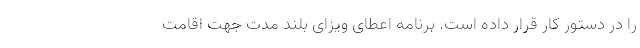
را در دستور کار قرار داده است. برنامه اعطای ویزای بلند مدت جهت اقامت